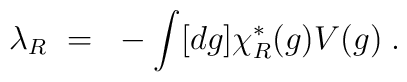
\lambda_R~=~-\int[dg]\chi_R^*(g)V(g) \; .